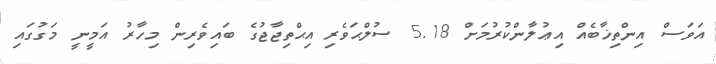
އަވަސް އިންތިޚާބެއް އިޢުލާންކުރުމަށް 5.18 ސުލްޙަވެރި އިޙްތިޖާޖުގެ ބައިވެރިން މިހާރު އަމީނީ މަގުގައި